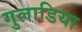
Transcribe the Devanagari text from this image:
गुलाडिया